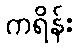
ကရိန်း